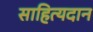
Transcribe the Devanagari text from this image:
साहित्यदान